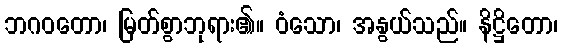
ဘဂဝတော၊ မြတ်စွာဘုရား၏။ ဝံသော၊ အနွယ်သည်။ နိဋ္ဌိတော၊